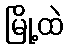
မြို့ထဲ